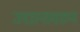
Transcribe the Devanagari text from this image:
उद्यानावरुन